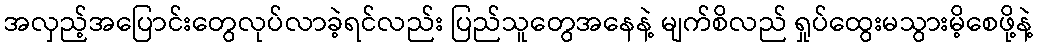
အလှည့်အပြောင်းတွေလုပ်လာခဲ့ရင်လည်း ပြည်သူတွေအနေနဲ့ မျက်စိလည် ရှုပ်ထွေးမသွားမိ့စေဖို့နဲ့